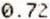
0.72